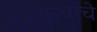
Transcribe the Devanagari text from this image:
दंतकथांचे